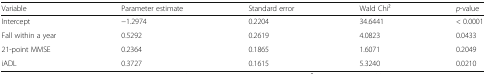
<table><thead><tr><td><b>Variable</b></td><td><b>Parameter estimate</b></td><td><b>Standard error</b></td><td><b>Wald Chi2</b></td><td><b><i>p</i>-value</b></td></tr></thead><tbody><tr><td>Intercept</td><td>−1.2974</td><td>0.2204</td><td>34.6441</td><td>&lt; 0.0001</td></tr><tr><td>Fall within a year</td><td>0.5292</td><td>0.2619</td><td>4.0823</td><td>0.0433</td></tr><tr><td>21-point MMSE</td><td>0.2364</td><td>0.1865</td><td>1.6071</td><td>0.2049</td></tr><tr><td>iADL</td><td>0.3727</td><td>0.1615</td><td>5.3240</td><td>0.0210</td></tr></tbody></table>